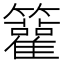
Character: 𥷬